Annual administration report of the Civil Veterinary Department, Sind - 1943-1944
Year: 1943
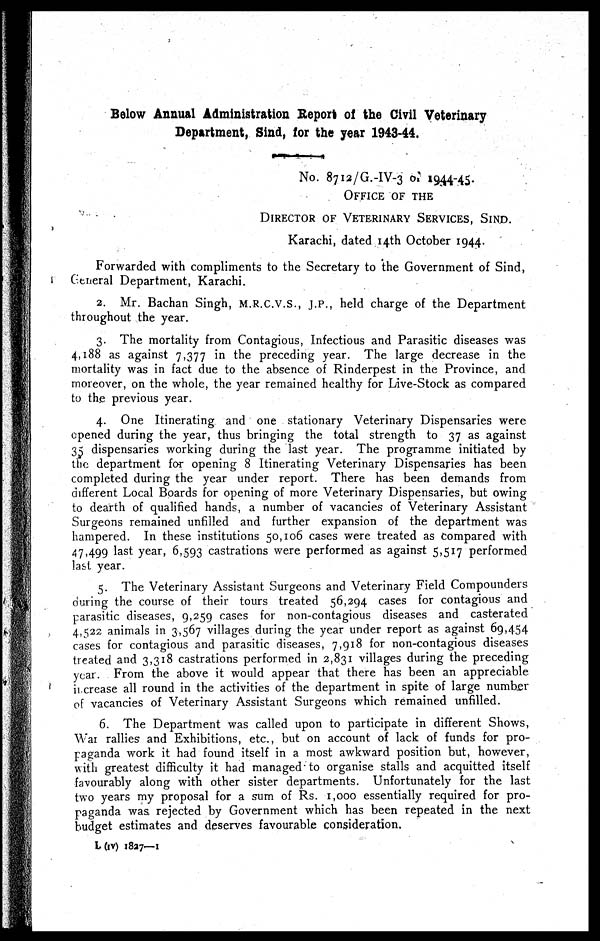
Below Annual Administration Report of the Civil Veterinary
Department, Sind, for the year 1943-44.
No. 8712/G.-IV-3 of 1944-45.
OFFICE OF THE
DIRECTOR OF VETERINARY SERVICES, SIND.
Karachi, dated 14th October 1944.
Forwarded with compliments to the Secretary to the Government of Sind,
General Department, Karachi.
2. Mr. Bachan Singh, M.R.C.V.S., J.P., held charge of the Department
throughout the year.
3. The mortality from Contagious, Infectious and Parasitic diseases was
4,188 as against 7,377 in the preceding year. The large decrease in the
mortality was in fact due to the absence of Rinderpest in the Province, and
moreover, on the whole, the year remained healthy for Live-Stock as compared
to the previous year.
4. One Itinerating and one stationary Veterinary Dispensaries were
opened during the year, thus bringing the total strength to 37 as against
35 dispensaries working during the last year. The programme initiated by
the department for opening 8 Itinerating Veterinary Dispensaries has been
completed during the year under report. There has been demands from
different Local Boards for opening of more Veterinary Dispensaries, but owing
to dearth of qualified hands, a number of vacancies of Veterinary Assistant
Surgeons remained unfilled and further expansion of the department was
hampered. In these institutions 50,106 cases were treated as compared with
47,499 last year, 6,593 castrations were performed as against 5,517 performed
last year.
5. The Veterinary Assistant Surgeons and Veterinary Field Compounders
during the course of their tours treated 56,294 cases for contagious and
parasitic diseases, 9,259 cases for non-contagious diseases and casterated
4,522 animals in 3,567 villages during the year under report as against 69,454
cases for contagious and parasitic diseases, 7,918 for non-contagious diseases
treated and 3,318 castrations performed in 2,831 villages during the preceding
year. From the above it would appear that there has been an appreciable
increase all round in the activities of the department in spite of large number
of vacancies of Veterinary Assistant Surgeons which remained unfilled.
6. The Department was called upon to participate in different Shows,
War rallies and Exhibitions, etc., but on account of lack of funds for pro-
paganda work it had found itself in a most awkward position but, however,
with greatest difficulty it had managed to organise stalls and acquitted itself
favourably along with other sister departments. Unfortunately for the last
two years my proposal for a sum of Rs. 1,000 essentially required for pro-
paganda was rejected by Government which has been repeated in the next
budget estimates and deserves favourable consideration.
L (IV) 1827—1